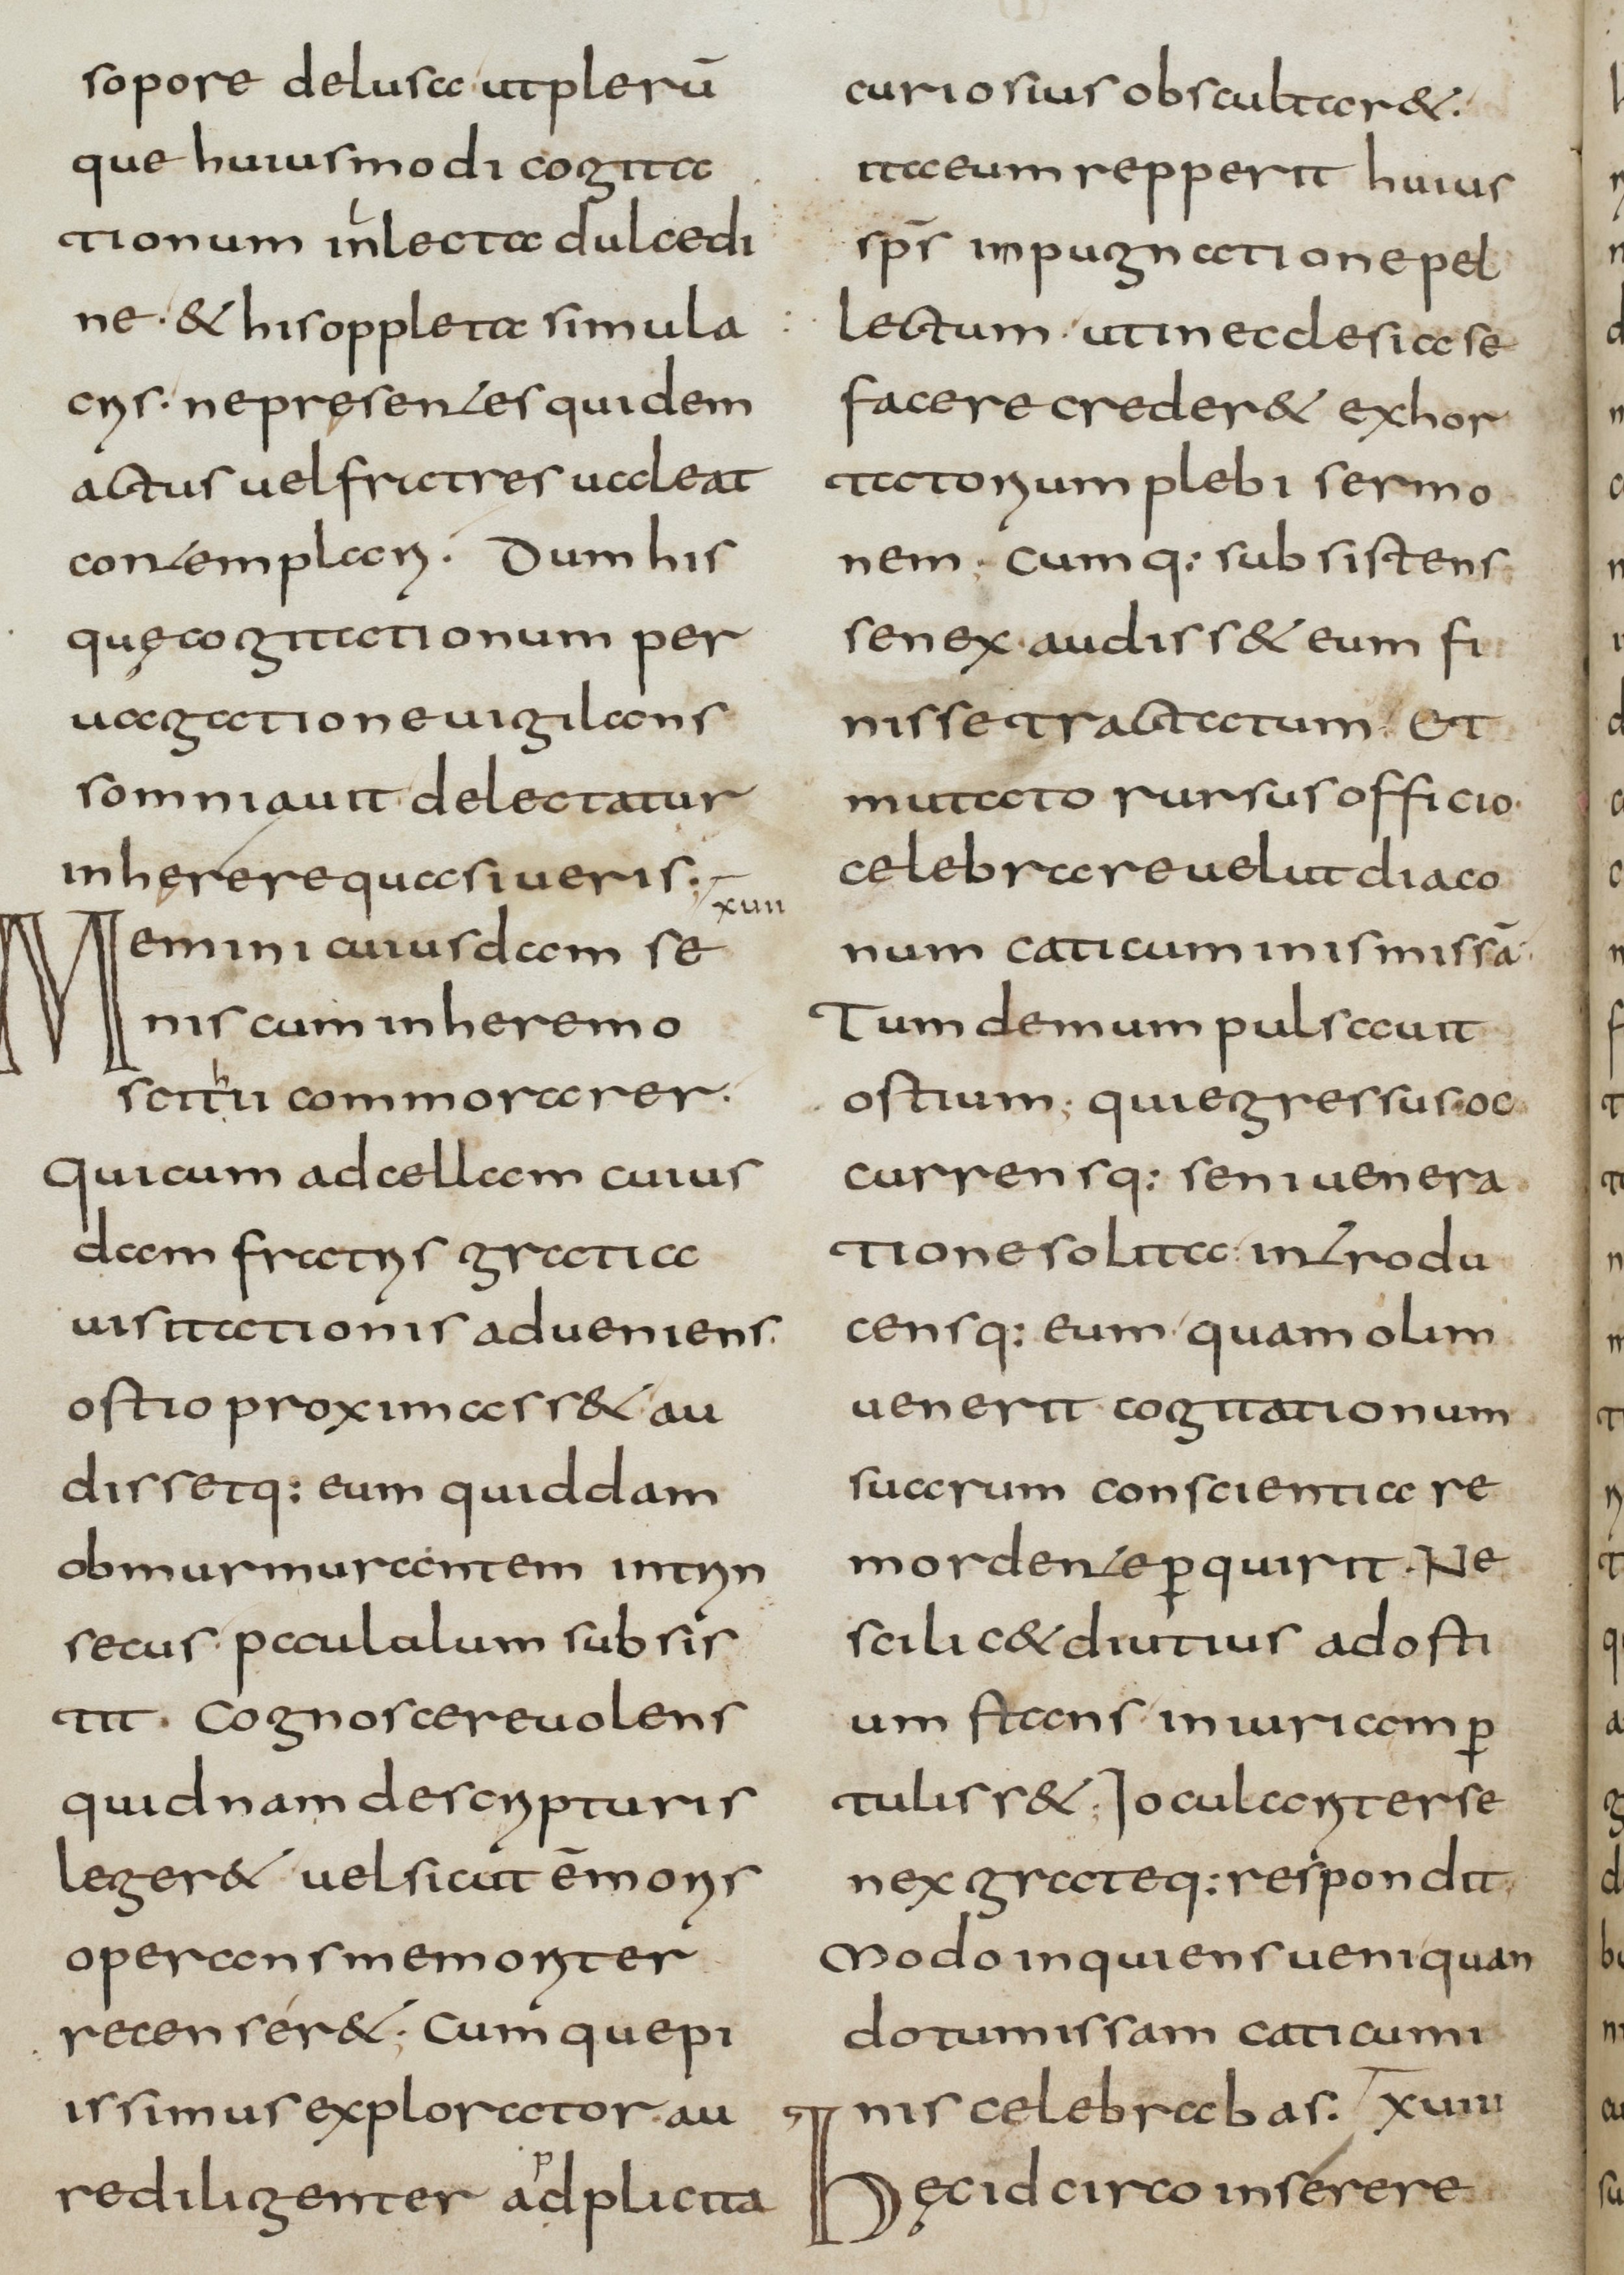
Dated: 800–832